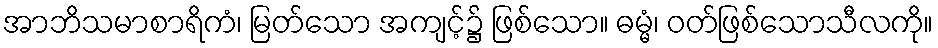
အာဘိသမာစာရိကံ၊ မြတ်သော အကျင့်၌ ဖြစ်သော။ ဓမ္မံ၊ ဝတ်ဖြစ်သောသီလကို။